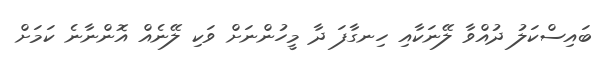
ބައިސްކަލު ދުއްވާ ލޭނަކާއި ހިނގާފަ ދާ މީހުންނަށް ވަކި ލޭނެއް އޮންނާނެ ކަަމަށް